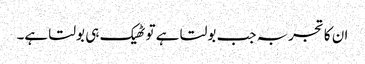
ان کا تجربہ جب بولتا ہے تو ٹھیک ہی بولتا ہے۔